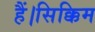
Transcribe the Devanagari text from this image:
हैं।सिक्किम